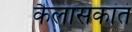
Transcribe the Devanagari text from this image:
कैलासकांतं